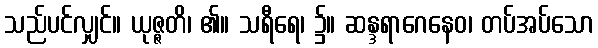
သည်ပင်လျှင်။ ယုဇ္ဇတိ၊ ၏။ သရီရေ၊ ၌။ ဆန္ဒရာဂေနေဝ၊ တပ်အပ်သော